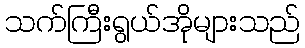
သက်ကြီးရွယ်အိုများသည်